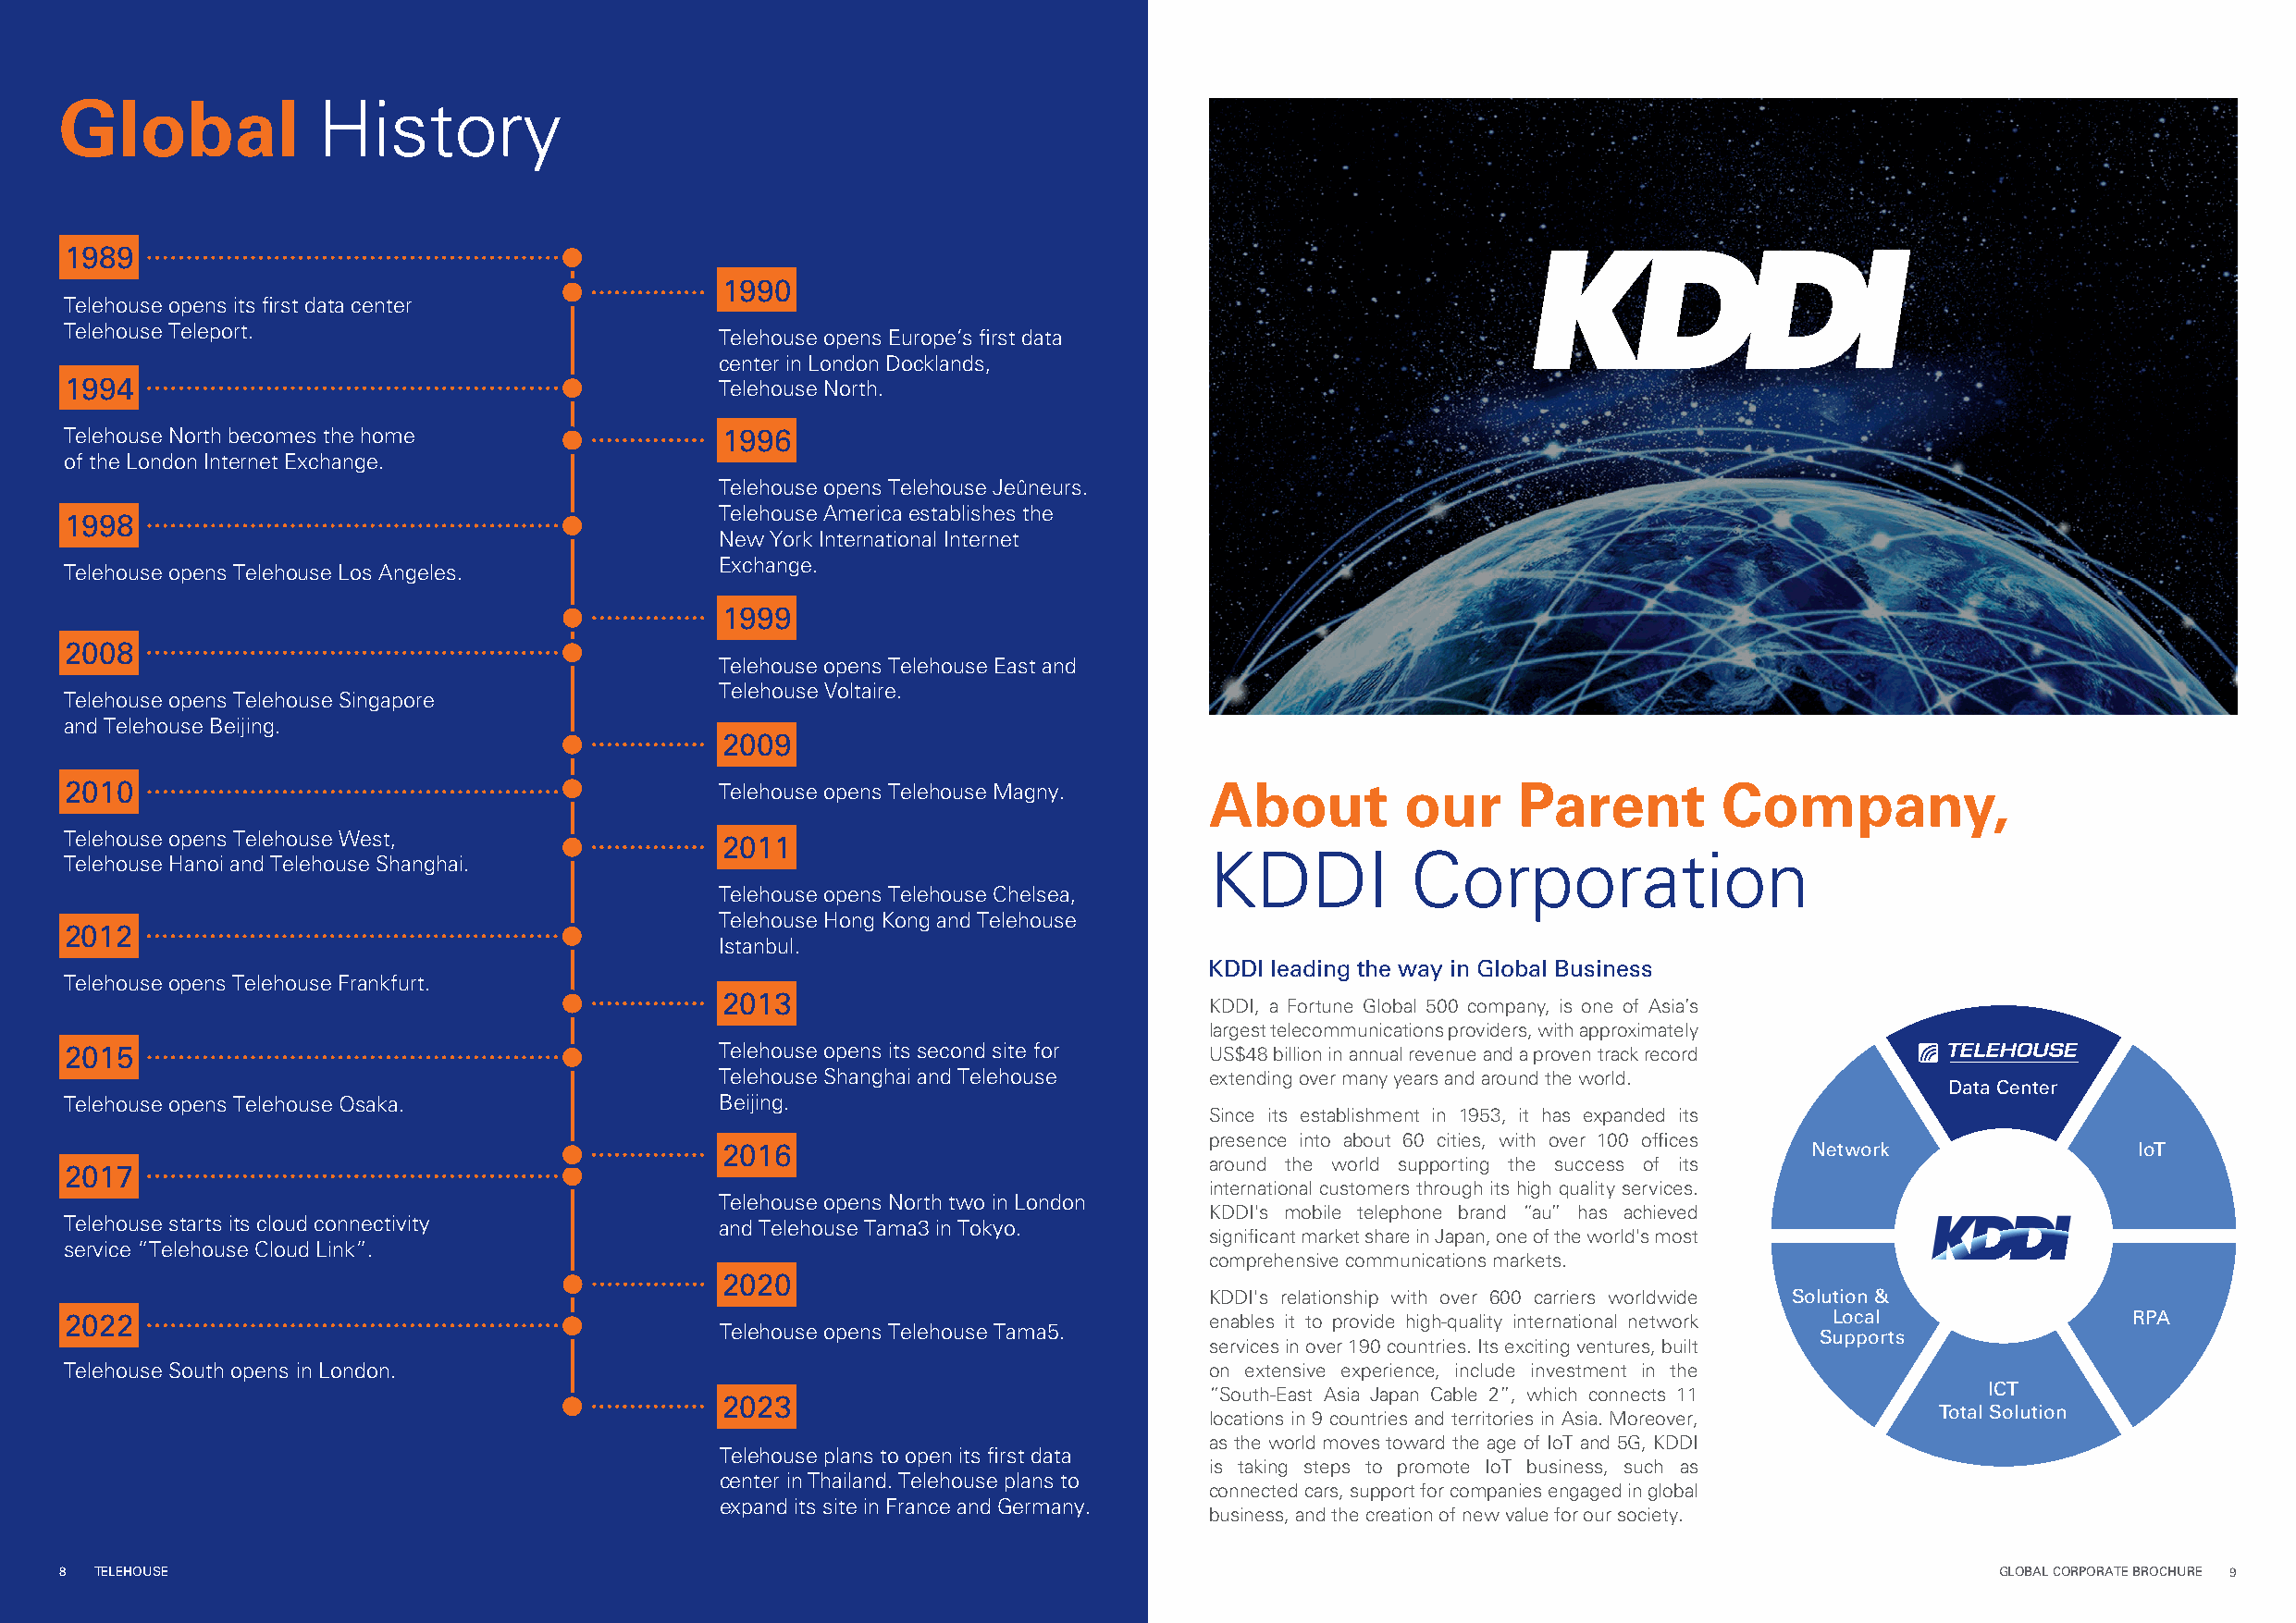
Global
 History
 1989
 1990
 Telehou se opens its first data center
 Telehouse Teleport.
 Telehouse opens Europe’s first data
 center in London Docklands,
 1994                                          Telehouse North.
 Telehou se North becomes the home              1996
 of the London Internet Exchange.
 Telehouse opens Telehouse Jeûneurs.
 Telehouse America establishes the
 1998
 New York International Internet
 Exchange.
 Telehouse opens Telehouse Los Angeles.
 1999
 2008
 Telehouse opens Telehouse East and
 Telehouse Voltaire.
 Telehouse opens Telehouse Singapore
 and Telehouse Beijing.
 2009
 About        our      Parent        Company,
 2010                                          Telehouse opens Telehouse Magny.
 Telehou se opens Telehouse West,               2011
 KDDI          Corporation
 Telehouse Hanoi and Telehouse Shanghai.
 Telehouse opens Telehouse Chelsea,
 Telehouse Hong Kong and Telehouse
 2012
 Istanbul.
 KDDI leading the way in Global Business
 Telehouse opens Telehouse Frankfurt.
 2013
 KDDI, a Fortune Global 500 company, is one of Asia’s
 largest telecommunications providers, with approximately
 2015                                          Telehouse opens its second site for US$48 billion in annual revenue and a proven track record
 Telehouse Shanghai and Telehouse    extending over many years and around the world.
 Data Center
 Telehouse opens Telehouse Osaka.              Beijing.
 Since its establishment in 1953, it has expanded its
 presence into about 60 cities, with over 100 offices
 2016                                                                          Network                IoT
 around the world supporting the success of its
 2017
 international customers through its high quality services.
 Telehouse opens North two in London
 KDDI's mobile telephone brand “au” has achieved
 Telehouse starts its cloud connectivity       and Telehouse Tama3 in Tokyo.
 significant market share in Japan, one of the world's most
 service “Telehouse Cloud Link”.
 comprehensive communications markets.
 2020
 KDDI's relationship with over 600 carriers worldwide Solution &
 2022                                                                              enables it to provide high-quality international network Local    RPA
 Telehouse opens Telehouse Tama5.
 Supports
 services in over 190 countries. Its exciting ventures, built
 Telehouse South opens in London.                                                  on extensive experience, include investment in the
 “South-East Asia Japan Cable 2”, which connects 11     ICT
 2023
 Total Solution
 locations in 9 countries and territories in Asia. Moreover,
 as the world moves toward the age of IoT and 5G, KDDI
 Telehouse plans to open its first data
 is taking steps to promote IoT business, such as
 center in Thailand. Telehouse plans to
 connected cars, support for companies engaged in global
 expand its site in France and Germany.
 business, and the creation of new value for our society.
 88 TTEELLEEHHOOUUSSEE                                                                                                                      GLOBAL CORPORATE BROCHURE 9